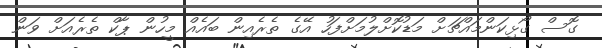
ގޮސް ގޯޅިކަންމައްޗަށް މަޑުކޮށްލުމަށްފަހު އޭގެ ތެރެއިން ބައެއް މީހުން ޕާކް ތެރެއަށް ވަން